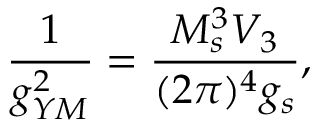
\frac { 1 } { g _ { Y M } ^ { 2 } } = \frac { M _ { s } ^ { 3 } V _ { 3 } } { ( 2 \pi ) ^ { 4 } g _ { s } } ,